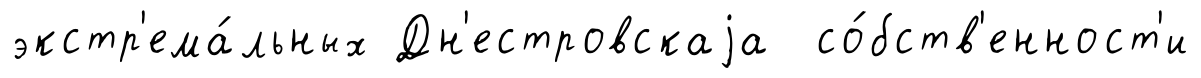
экстр'ема́льных Дн'естровскаjа со́бств'енност'и